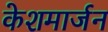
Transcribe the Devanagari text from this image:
केशमार्जन